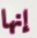
إنها